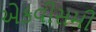
એકવીસમી